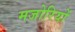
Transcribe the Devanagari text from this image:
मजोरियों